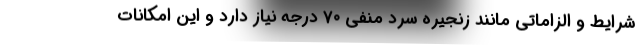
شرایط و الزاماتی مانند زنجیره سرد منفی ۷۰ درجه نیاز دارد و این امکانات